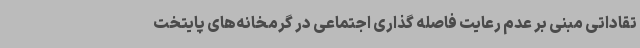
تقاداتی مبنی بر عدم رعایت فاصله گذاری اجتماعی در گرمخانه‌های پایتخت